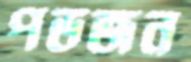
পভজন